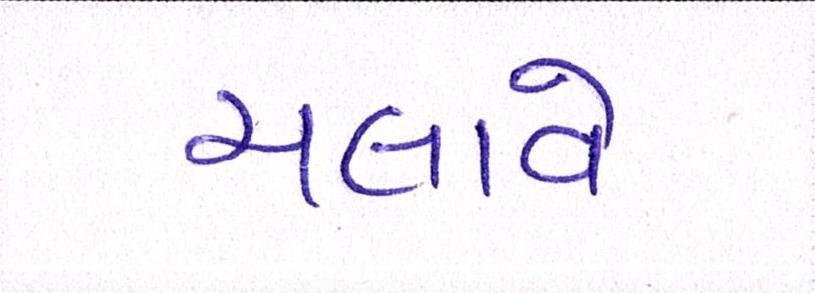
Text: ચલાવે